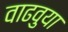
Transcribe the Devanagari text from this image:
वाढवुया